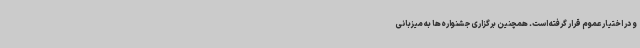
و در اختیار عموم قرار گرفته ‌است. همچنین برگزاری جشنواره‌ها به میزبانی